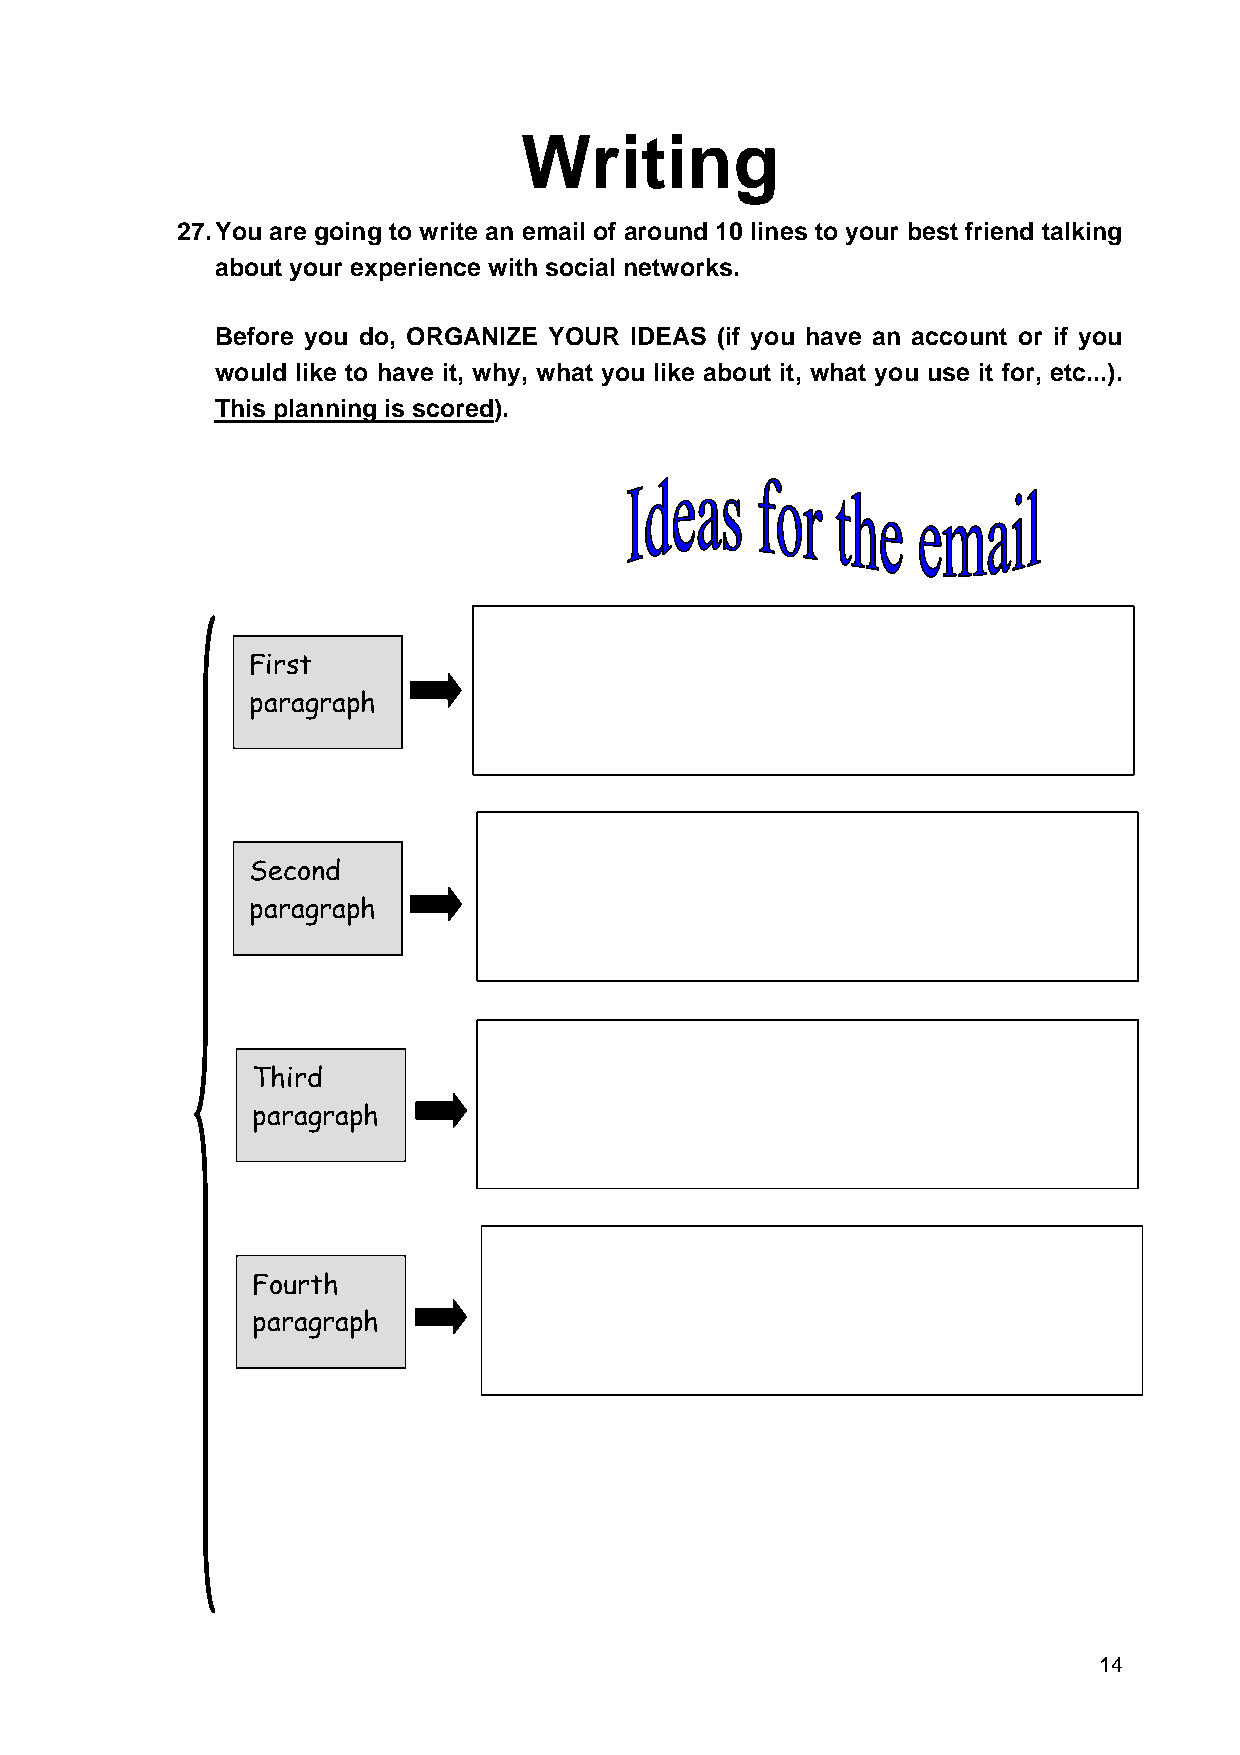
Writing
 27. You are going to write an email of around 10 lines to your best friend talking
 about your experience with social networks.
 Before you do, ORGANIZE YOUR IDEAS (if you have an account or if you
 would like to have it, why, what you like about it, what you use it for, etc...).
 This planning is scored).
 First
 paragraph
 Second
 paragraph
 Third
 paragraph
 Fourth
 paragraph
 14